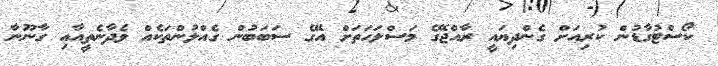
ކޯސްޓުގާޑުން ކުރިއަށް ގެންދިޔައީ ރާއްޖޭގެ މަސްލަހަތަށް އޭގެ ސަބަބުން ގެއްލުންތަކެއް ވެދާނެތީއާއި ގާނޫނާ